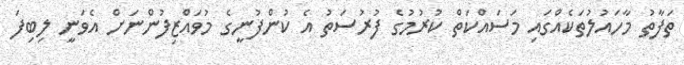
ތަފާތު މާހައުލުތަކެއްގައި މަސައްކަތް ކުރުމުގެ ފުރުސަތު އެ ކުންފުނީގެ މުވައްޒިފުންނަށް އެވަނީ ލިބިފަ